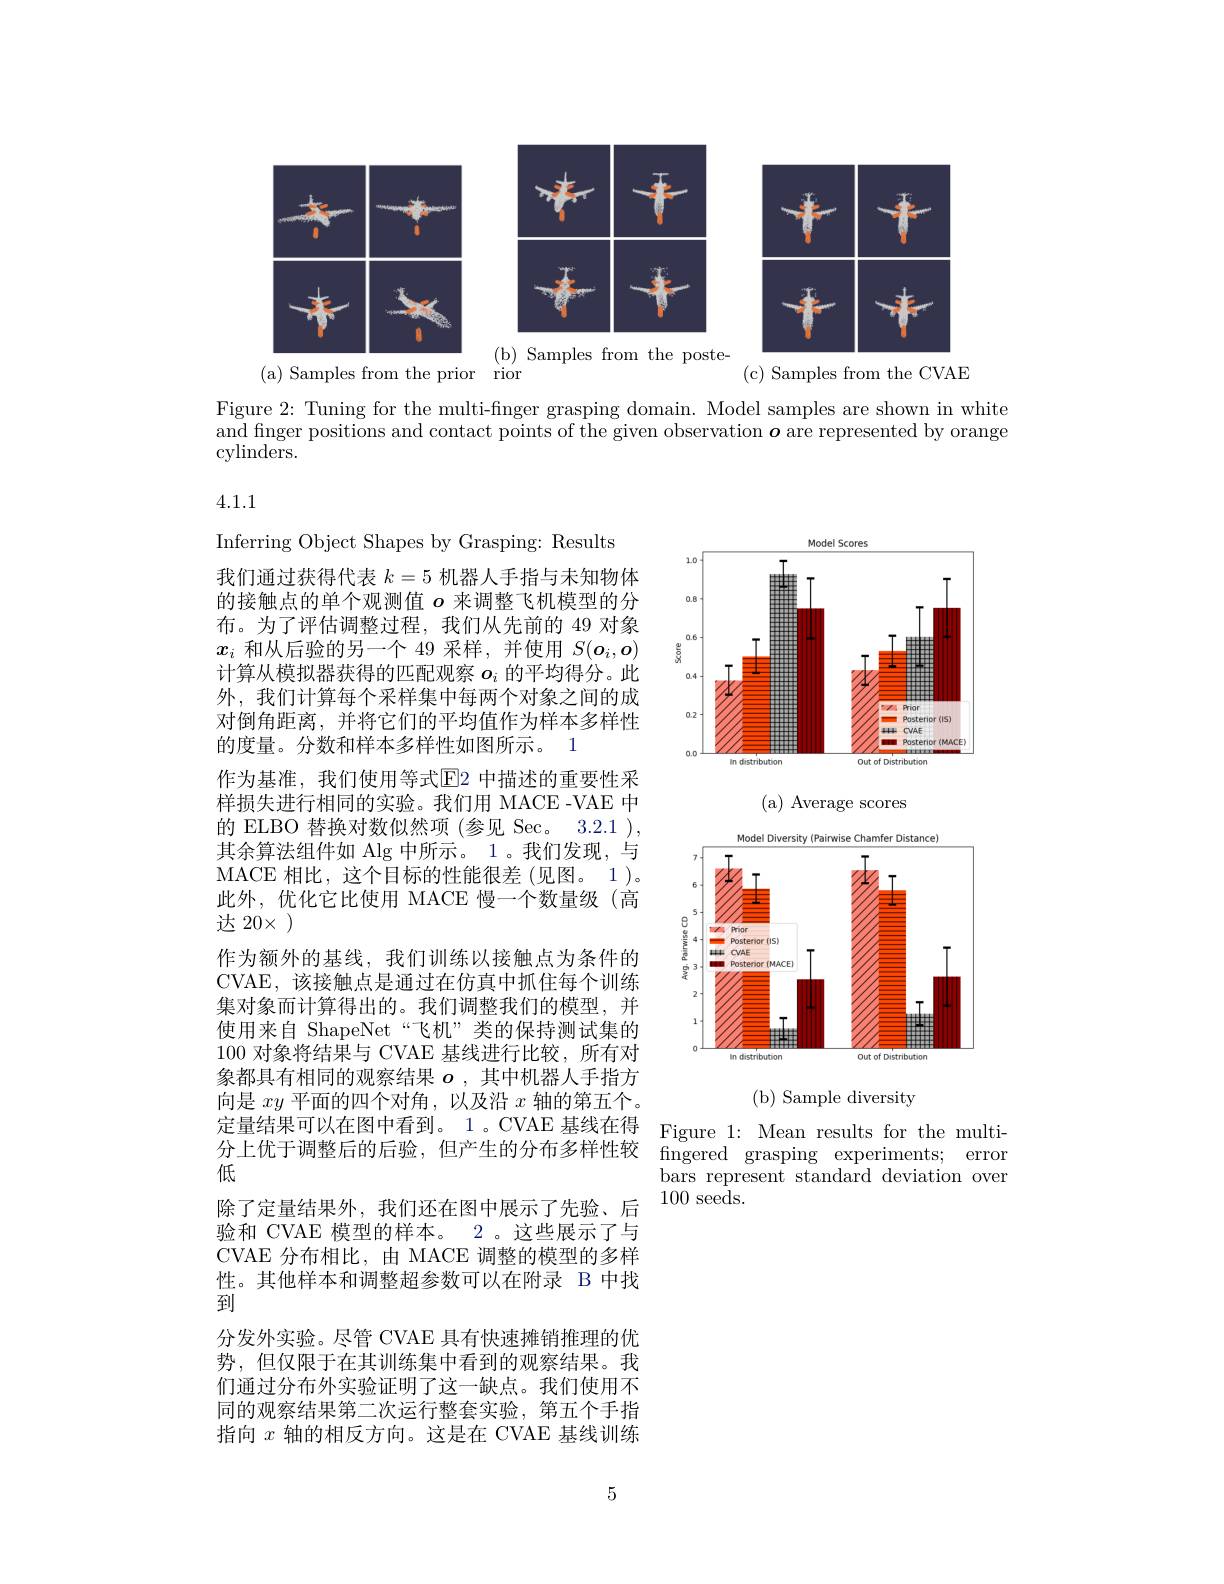
<FigureHere>

(c) Samples from the CVAE

( a) Samples from the prior rior

Figure 2: Tuning for the multi-finger grasping domain. Model samples are shown in white and finger positions and contact points of the given observation $o$ are represented by orange $\operatorname{cylinders}.$

## 4.1.1

<FigureHere>

(a) Average scores

<FigureHere>

Inferring Object Shapes by Grasping: Results
我们通过获得代表$k=5$机器人手指与未知物体的接触点的单个观测值$o$ 来调整飞机模型的分布。为了评估调整过程，我们从先前的 49 对象$x_i$和从后验的另一个 49 采样，并使用$S(\boldsymbol{o}_i,\boldsymbol{o})$ 计算从模拟器获得的匹配观察$o_i$的平均得分。此外，我们计算每个采样集中每两个对象之间的成对倒角距离，并将它们的平均值作为样本多样性的度量。分数和样本多样性如图所示。1
作为基准，我们使用等式$\operatorname{E}$2 中描述的重要性采样损失进行相同的实验。我们用 MACE -VAE 中的 ELBO 替换对数似然项(参见 Sec。3.2.1 ), 其余算法组件如 Alg 中所示。1。我们发现，与MACE 相比，这个目标的性能很差(见图。1)。此外，优化它比使用 MACE 慢一个数量级(高达 20× )
作为额外的基线，我们训练以接触点为条件的CVAE,该接触点是通过在仿真中抓住每个训练集对象而计算得出的。我们调整我们的模型，并使用来自 ShapeNet“飞机”类的保持测试集的100对象将结果与 CVAE 基线进行比较，所有对象都具有相同的观察结果$o$ ,其中机器人手指方向是$xy$平面的四个对角，以及沿$x$轴的第五个。定量结果可以在图中看到。1。CVAE 基线在得 Figure 1: Mean results for the multi分上优于调整后的后验，但产生的分布多样性较 fingered grasping experiments; error 低
除了定量结果外，我们还在图中展示了先验、后验和 CVAE 模型的样本。2 。这些展示了与CVAE 分布相比，由 MACE 调整的模型的多样性。其他样本和调整超参数可以在附录 B 中找到
分发外实验。尽管 CVAE 具有快速摊销推理的优势，但仅限于在其训练集中看到的观察结果。我们通过分布外实验证明了这一缺点。我们使用不同的观察结果第二次运行整套实验，第五个手指指向$x$轴的相反方向。这是在 CVAE 基线训练

( b)  Sample diversity

bars represent standard deviation over
100seeds.

5